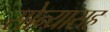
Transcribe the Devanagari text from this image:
सोन्यासह